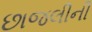
છાજલીની